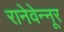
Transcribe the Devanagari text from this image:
रानेवेन्नूर